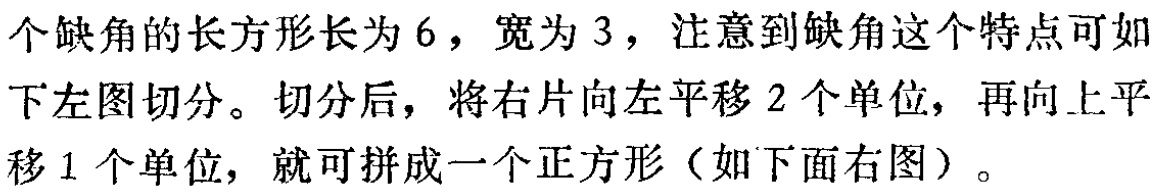
个缺角的长方形长为6，宽为3，注意到缺角这个特点可如下左图切分。切分后，将右片向左平移2个单位，再向上平移1个单位，就可拼成一个正方形（如下面右图）。